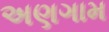
અણગામ